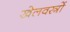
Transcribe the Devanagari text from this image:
खेलवस्त्रों